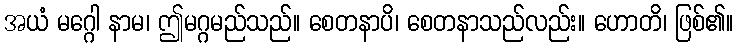
အယံ မဂ္ဂေါ နာမ၊ ဤမဂ္ဂမည်သည်။ စေတနာပိ၊ စေတနာသည်လည်း။ ဟောတိ၊ ဖြစ်၏။